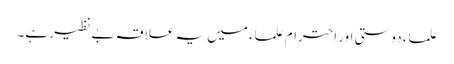
علماء دوستی اور احترام علماء میں یہ علاقہ بے نظیر ہے۔